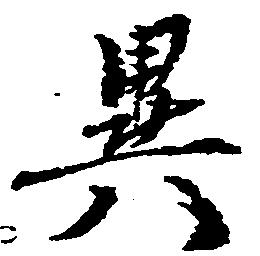
異